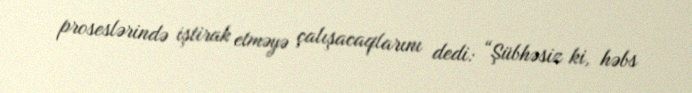
proseslərində iştirak etməyə çalışacaqlarını dedi: “Şübhəsiz ki, həbs